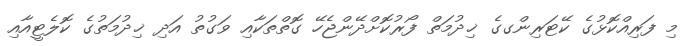
މި ފަރިއްކޮޅުގެ ކޭޓަރިންގގެ ޚިދުމަތް ފޯރުކޮށްދޭންޖެހޭ ގޮތްތަކާއި ވަގުތު އަދި ޚިދުމަތުގެ ކޮލެޓީއާއި